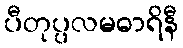
ပီတုပ္ပလမဓာရိနီ